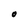
Character: O